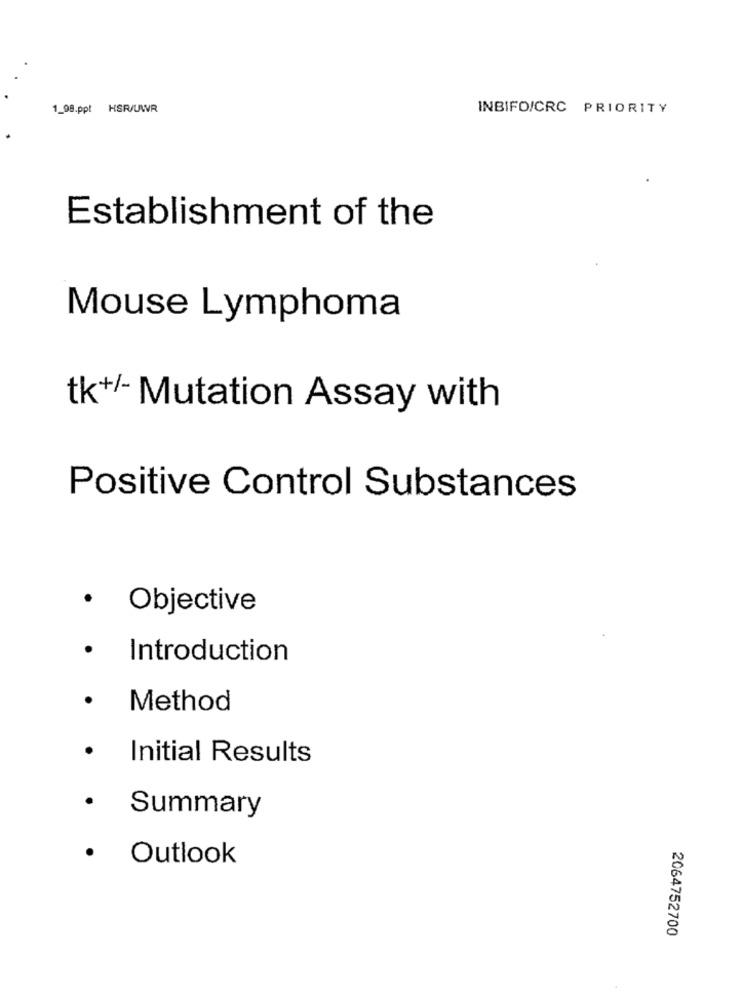
1_98.ppt HSR/UWR
INBIFO/CRC PRIORITY
Establishment of the
Mouse Lymphoma
tk+/- Mutation Assay with
Positive Control Substances
· Objective
· Introduction
· Method
· Initial Results
· Summary
· Outlook
2064752700